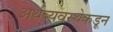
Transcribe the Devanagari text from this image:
अर्थव्यवस्थेकडून